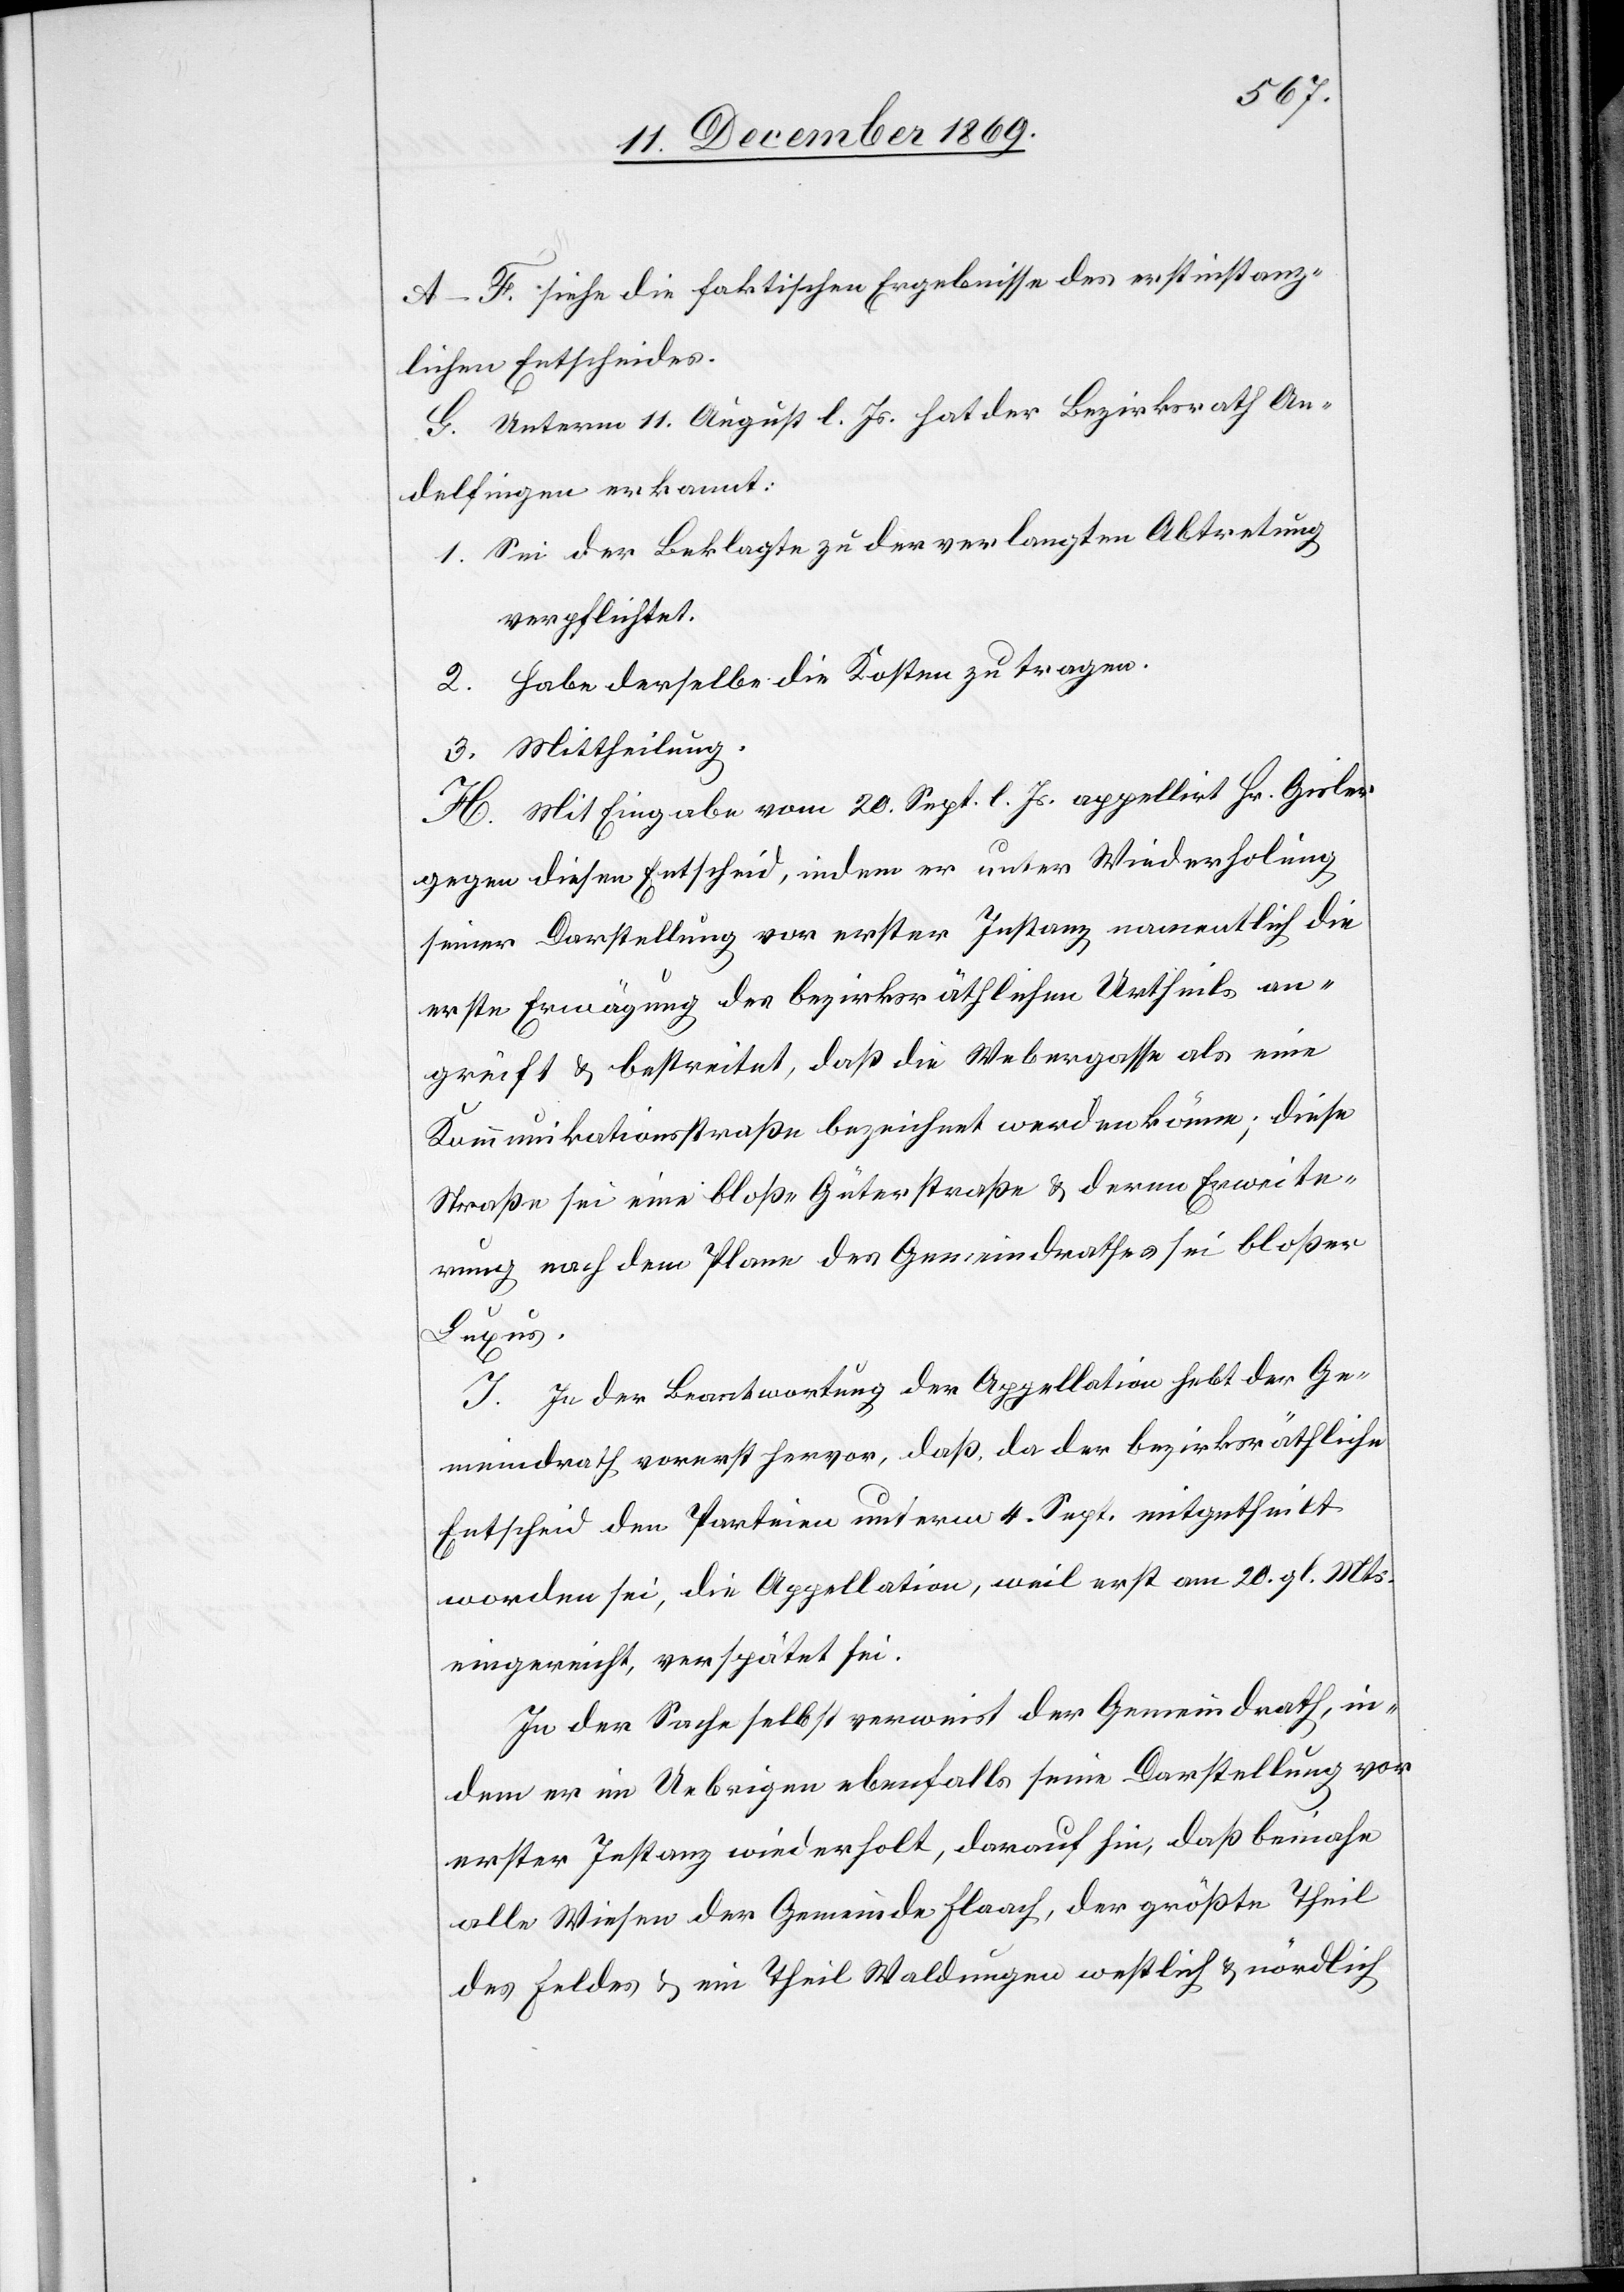
A–F. siehe die faktischen Ergebnisse des erstinstanz¬
lichen Entscheides.
G. Unterm 11. August l. Js. hat der Bezirksrath An¬
delfingen erkannt:
1. Sei der Beklagte zu der verlangten Abtretung
verpflichtet.
2. Habe derselbe die Kosten zu tragen.
3. Mittheilung.
H. Mit Eingabe vom 20. Sept. l. Js. appellirt Hr. Gisler
gegen diesen Entscheid, indem er unter Wiederholung
seiner Darstellung vor erster Instanz namentlich die
erste Erwägung des bezirksräthlichen Urtheils an¬
greift & bestreitet, daß die Webergasse als eine
Kommunikationsstraße bezeichnet werden könne; diese
Straße sei eine bloße Güterstraße & deren Erweite¬
rung nach dem Plane des Gemeindrathes sei bloßer
Luxus.
I. In der Beantwortung der Appellation hebt der Ge¬
meindrath vorerst hervor, daß, da der bezirksräthliche
Entscheid den Parteien unterm 4. Sept. mitgetheilt
worden sei, die Appellation, weil erst am 20. gl. Mts.
eingereicht, verspätet sei.
In der Sache selbst verweist der Gemeindrath, in¬
dem er im Uebrigen ebenfalls seine Darstellung vor
erster Instanz wiederholt, darauf hin, daß beinahe
alle Wiesen der Gemeinde Flaach, der größte Theil
des Feldes & ein Theil Waldungen westlich & nördlich